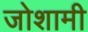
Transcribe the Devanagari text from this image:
जोशामी